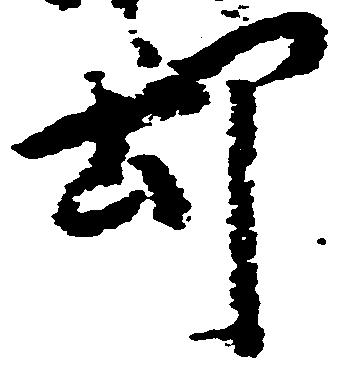
却